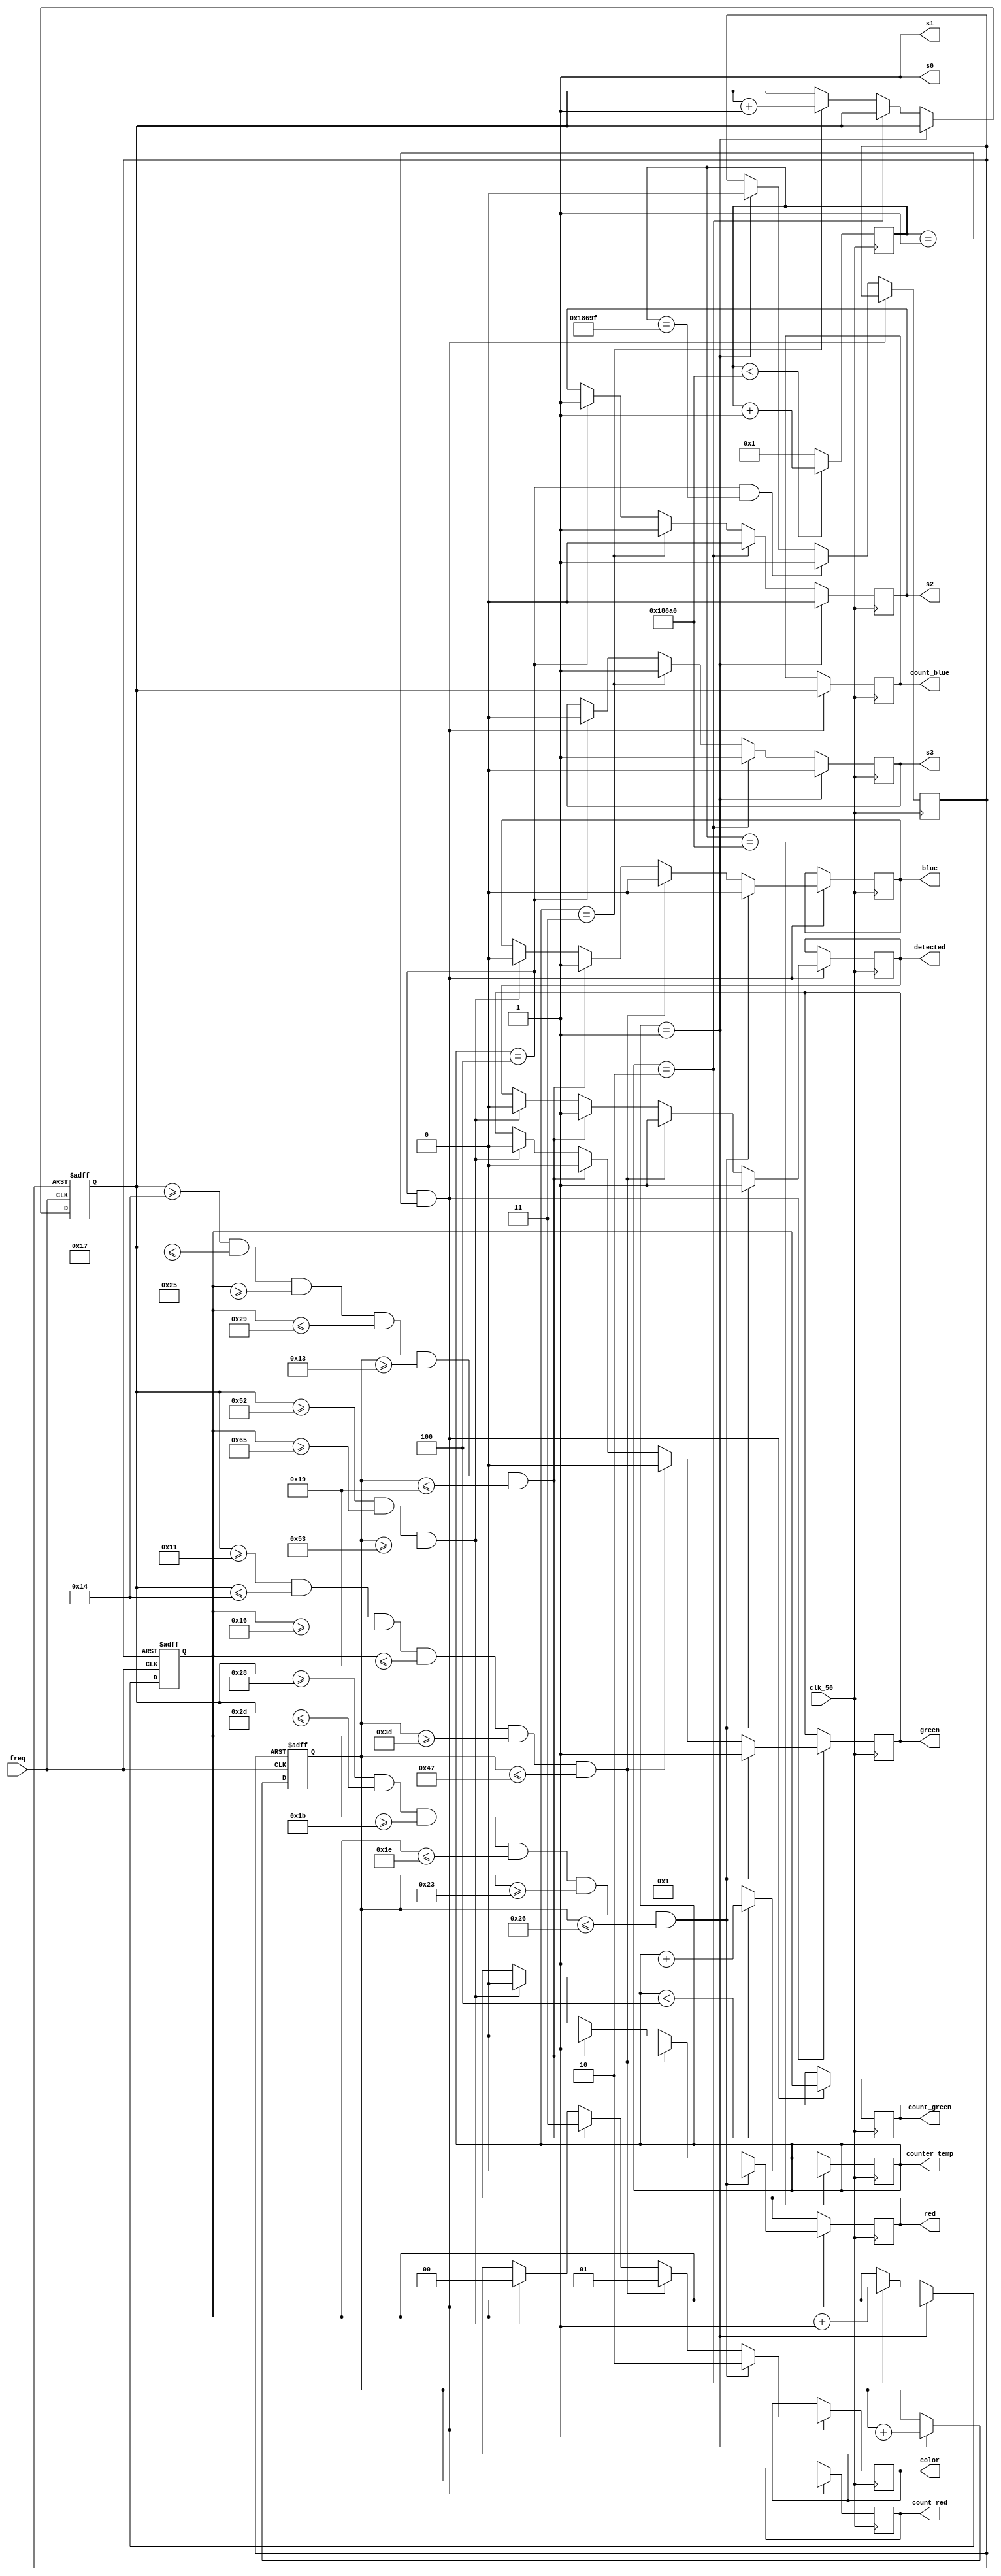
module SM_1153_colour_detection(
input clk_50,
output [3:0]counter_temp,
output s2,
output s3,
output s0,
output s1,
input freq,
output [1:0]color,//0 for white 1 for red, 2 for green, 3 for blue
output [15:0]count_red,
output [15:0]count_green,
output [15:0]count_blue,
output red ,
output green,
output blue,
output detected
);

reg [1:0] color_temp;
parameter delay=100000;
assign s0=1;
assign s1=1;

reg red_temp=0;
reg green_temp=0;
reg blue_temp=0;

reg s2_1;
reg s3_1;
reg [3:0]temp=1;
reg [31:0]counter=1;

always@(posedge clk_50)begin
if(counter< delay)begin

counter<=counter+1;
end
else begin
 counter<=1;
end
end

//////////counter done !! no need to check///////////////////



always@(posedge clk_50)begin
if(counter==delay)begin
if(temp<4)begin
temp<=temp+1;
end
else temp<=1;
end
end
assign counter_temp=temp;


/////////data frame done !!! no need to check////////////////


always@(posedge clk_50)begin
if(temp==1)begin
s2_1<=0;
s3_1<=0;
end
else if (temp==2)begin
s2_1<=0;
s3_1<=1;
end
else if(temp==3)begin
s2_1<=1;
s3_1<=1;
end
else if(temp==4)begin
s2_1<=1;
s3_1<=0;
end
end




reg [15:0]counter_red=0;
reg[15:0]counter_blue=0;
reg[15:0]counter_green=0;
reg[15:0]counter_red_temp;
reg[15:0]counter_green_temp;
reg[15:0]counter_blue_temp;


reg counter_aiv=0;
//it is not necessary that posedge of freq will occur when temp==4 and aounter_aiv==1
always@(posedge freq or posedge counter_aiv)begin
if(counter_aiv==1)begin
counter_red<=0;
counter_green<=0;
counter_blue<=0;
end
else if(temp==1)begin
counter_red<=counter_red+1;

end
else if(temp==2)begin
counter_green<=counter_green+1;
end
else if(temp==3)begin
counter_blue<=counter_blue+1;
end
end

reg detected_temp=0;
always@(posedge clk_50)begin
if(temp==4 && counter==1)begin
counter_blue_temp<=counter_blue;
counter_green_temp<=counter_green;
counter_red_temp<=counter_red;
if(counter_blue>=40 && counter_blue<=45 && counter_green>=27 && counter_green<=30 && counter_red>=35 && counter_red<=38)begin
// output 2
detected_temp<=1;
color_temp<=2;
red_temp<=0;
green_temp<=1;
blue_temp<=0;
end

else if(counter_blue>=17 && counter_blue<=20 && counter_green>=22 && counter_green<=25 && counter_red>=61 && counter_red<=71)begin
// output 0 
detected_temp<=1;
color_temp<=1;
red_temp<=1;
green_temp<=0;
blue_temp<=0;
end
else if(counter_blue>=20 && counter_blue<=23 && counter_green>=37 && counter_green<=41 && counter_red>=19 && counter_red<=25)begin
// output 1
detected_temp<=1;
color_temp<=3;
red_temp<=0;
green_temp<=0;
blue_temp<=1;
end
else if(counter_blue>=82 && counter_green>=101 && counter_red>=83)begin
color_temp<=0;
detected_temp<=0;
red_temp<=0;
green_temp<=0;
blue_temp<=0;
end
end
else if(temp==4 && counter==delay-1)begin
counter_aiv<=1;
end
else if(temp==1)begin
counter_aiv<=0;
end
end
assign s2=s2_1;
assign s3=s3_1;
assign count_blue=counter_blue_temp;
assign count_green=counter_green_temp;
assign count_red=counter_red_temp;
assign color=color_temp;
assign detected=detected_temp;
assign red=red_temp;
assign green=green_temp;
assign blue=blue_temp;

endmodule